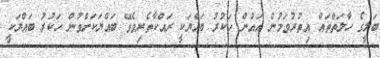
ބަލީގެ ހާލަތްތައް އިތުރުވަމުން އައުން ހަކުރު ބައްޔަކީ ރައްކާތެރިވެވޭ ބައްޔަކަށްވުން ހަކުރު ބައްޔަކީ